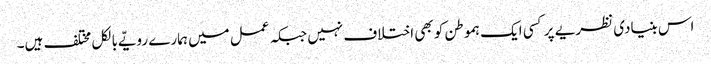
اس بنیادی نظریے پر کسی ایک ہموطن کو بھی اختلاف نہیں جبکہ عمل میں ہمارے رویّے بالکل مختلف ہیں۔